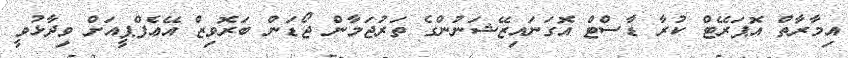
އިމާރާތް އޮޕަރޭޓް ކުރާ ޑާސްޓް އޮގަނައިޒޭޝަނުންގެ ތަރުޖަމާން ޖޯޑަން ބަރޮވިޒް އޭޢެފްޕީއަށް ވިދާޅުވީ